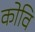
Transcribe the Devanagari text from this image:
कोवि